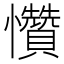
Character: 㦫